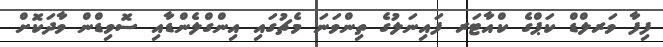
ފިފާ ވަރލްޑް ކަޕްގެ ކްއާޓަރ ފައިނަލުގެ ތިންވަނަ މެޗުގައި އިންގްލެންޑާއި ސޮވިޑްން ވާދަކޮށް